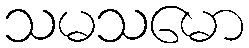
သမသမော